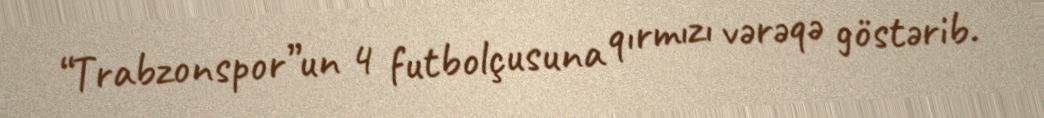
“Trabzonspor”un 4 futbolçusuna qırmızı vərəqə göstərib.